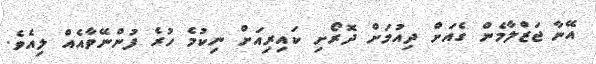
އޭނާ ޖަޒްލާމެން ގެއަށް ދިއުމަށް ދޮރޯށި ކައިރިއަށް ނިކުމެ ހުރެ ފުންނޭވާއެއް ލިއެވެ.